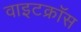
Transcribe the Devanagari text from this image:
वाइटक्रॉस